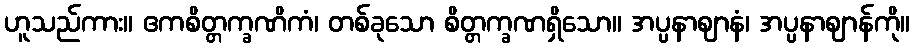
ဟူသည်ကား။ ဧကစိတ္တက္ခဏိကံ၊ တစ်ခုသော စိတ္တက္ခဏရှိသော။ အပ္ပနာဈာနံ၊ အပ္ပနာဈာန်ကို။